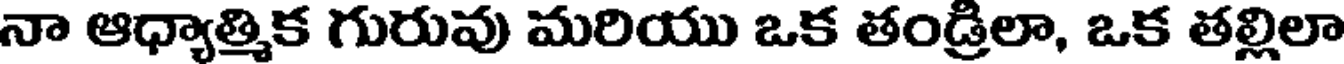
నా ఆధ్యాత్మిక గురువు మరియు ఒక తండ్రిలా, ఒక తల్లిలా